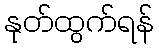
နုတ်ထွက်ရန်